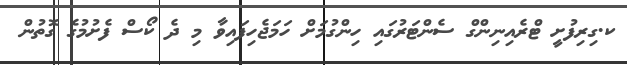
ކ.ގިރިފުށީ ޓްރެއިނިންގް ސެންޓަރުގައި ހިންގުމަށް ހަމަޖެހިފައިވާ މި ދެ ކޯސް ފެށުމުގެ ގޮތުން